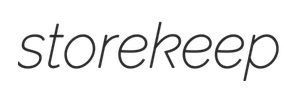
storekeep